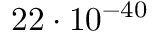
2 2 \cdot 1 0 ^ { - 4 0 }